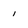
Character: 1